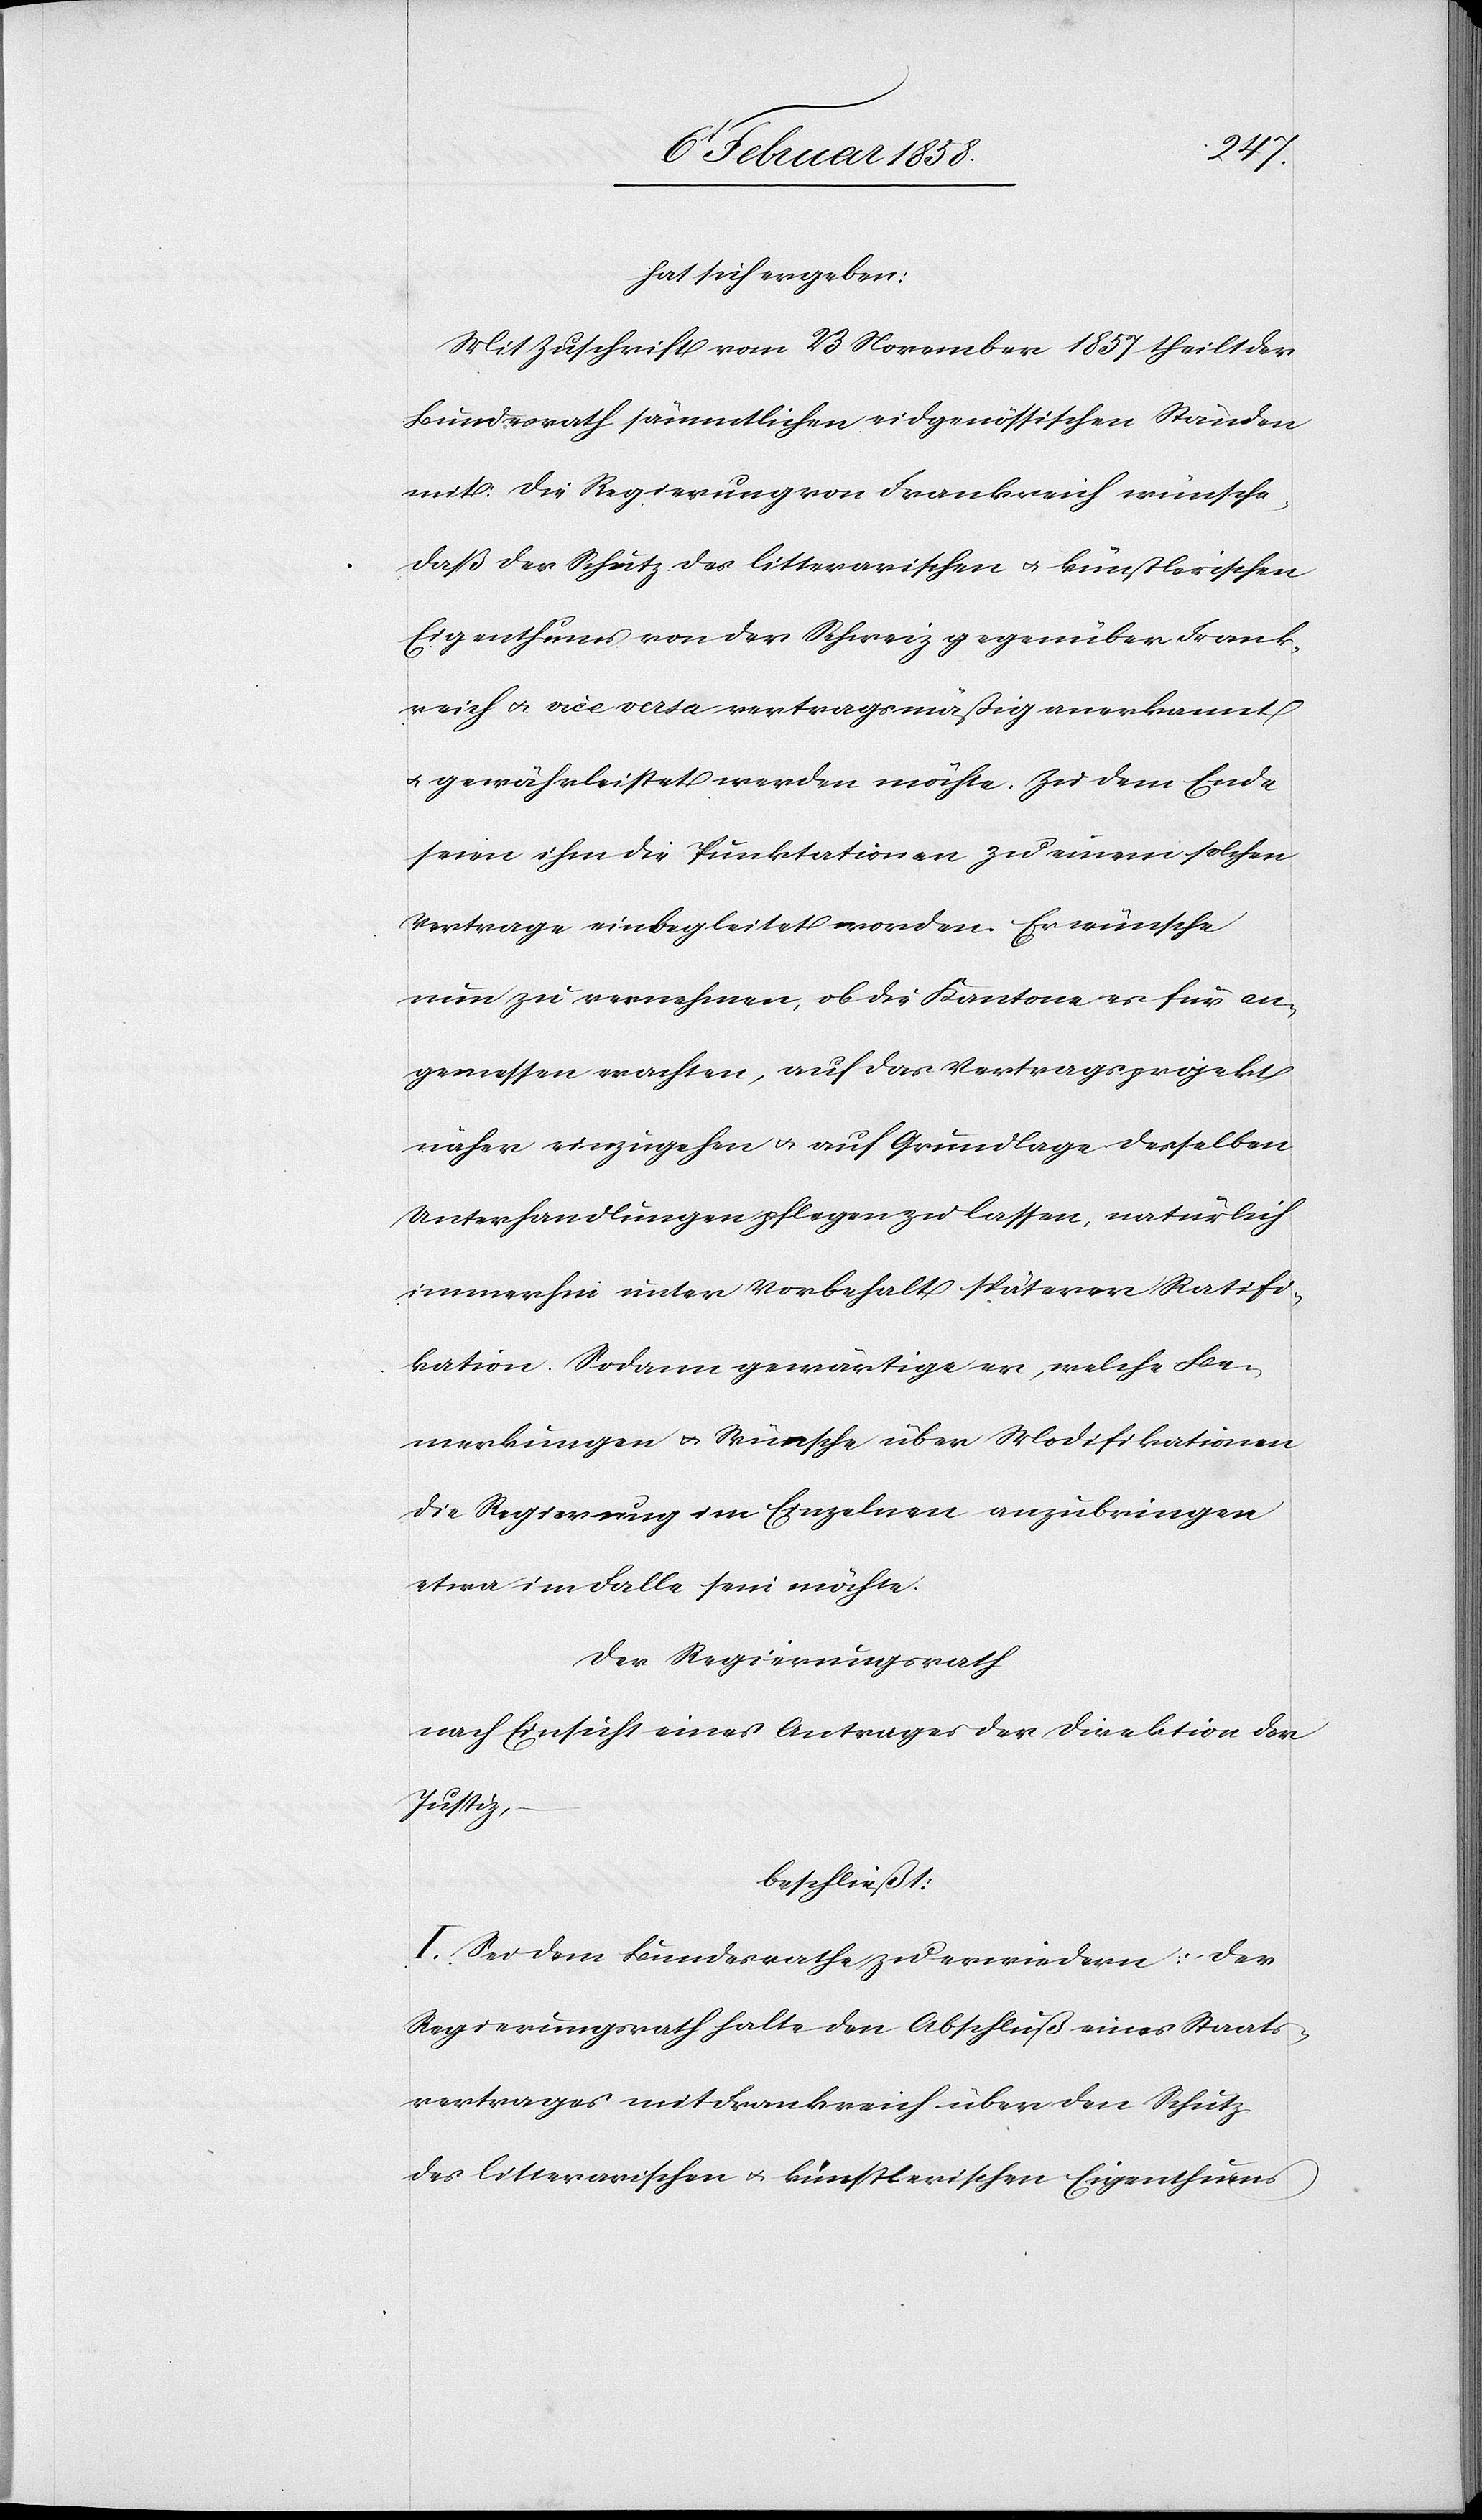
hat sich ergeben:
Mit Zuschrift vom 23 November 1857 theilt der
Bundesrath sämmtlichen eidgenössischen Ständen
mit: Die Regierung von Frankreich wünsche,
daß der Schutz des litterarischen u. künstlerischen
Eigenthums von der Schweiz gegenüber Frank¬
reich u. vice versa vertragsmäßig anerkannt
u. gewährleistet werden möchte. Zu dem Ende
seien ihm die Punktationen zu einem solchen
Vertrage einbegleitet worden. Er wünsche
nun zu vernehmen, ob die Kantone es für an¬
gemessen erachten, auf das Vertragsprojekt
näher einzugehen u. auf Grundlage desselben
Unterhandlungen pflegen zu lassen, natürlich
immerhin unter Vorbehalt späterer Ratifi¬
kation. Sodann gewärtige er, welche Be¬
merkungen u. Wünsche über Modifikationen
die Regierung im Einzelnen anzubringen
etwa im Falle sein möchte.
Der Regierungsrath
nach Einsicht eines Antrages der Direktion der
Justiz,
beschließt:
I. Sei dem Bundesrathe zu erwiedern: Der
Regierungsrath halte den Abschluß eines Staats¬
vertrages mit Frankreich über den Schutz
des litterarischen u. künstlerischen Eigenthums